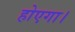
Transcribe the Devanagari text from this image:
होएगा।